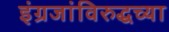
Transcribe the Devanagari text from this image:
इंग्रजांविरुद्धच्या